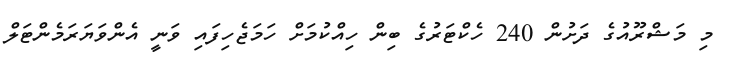
މި މަޝްރޫއުގެ ދަށުން 240 ހެކްޓަރުގެ ބިން ހިއްކުމަށް ހަމަޖެހިފައި ވަނީ އެންވަޔަރަމެންޓަލް